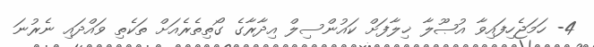
4- ހަމަޖެހިފައިވާ އުޞޫލާ ޚިލާފަށް ކައުންސިލް އިދާރާގެ ގޯތިތެރެއަށް ތަކެތި ވައްދައި ނެރުނަ